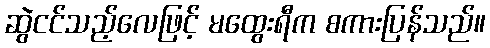
ဆွဲငင်သည့်လေဖြင့် မထွေးရီက စကားပြန်သည်။